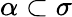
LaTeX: \alpha\subset\sigma